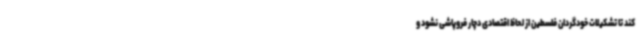
کند تا تشکیلات خودگردان فلسطین از لحاظ اقتصادی دچار فروپاشی نشود و